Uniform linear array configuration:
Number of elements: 32
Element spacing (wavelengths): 0.25
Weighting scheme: kaiser
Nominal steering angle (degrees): -45
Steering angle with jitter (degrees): -43.257
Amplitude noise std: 0.05
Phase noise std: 0.05

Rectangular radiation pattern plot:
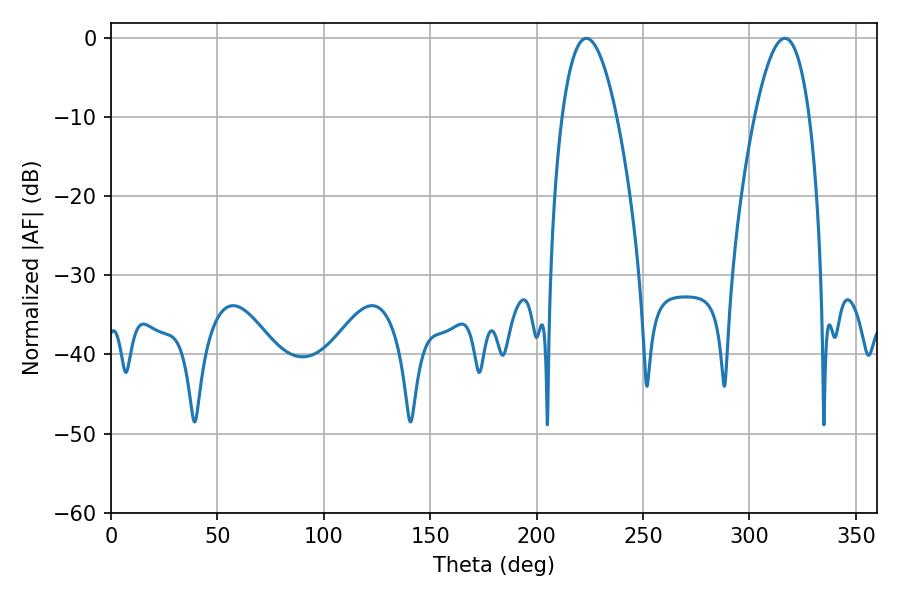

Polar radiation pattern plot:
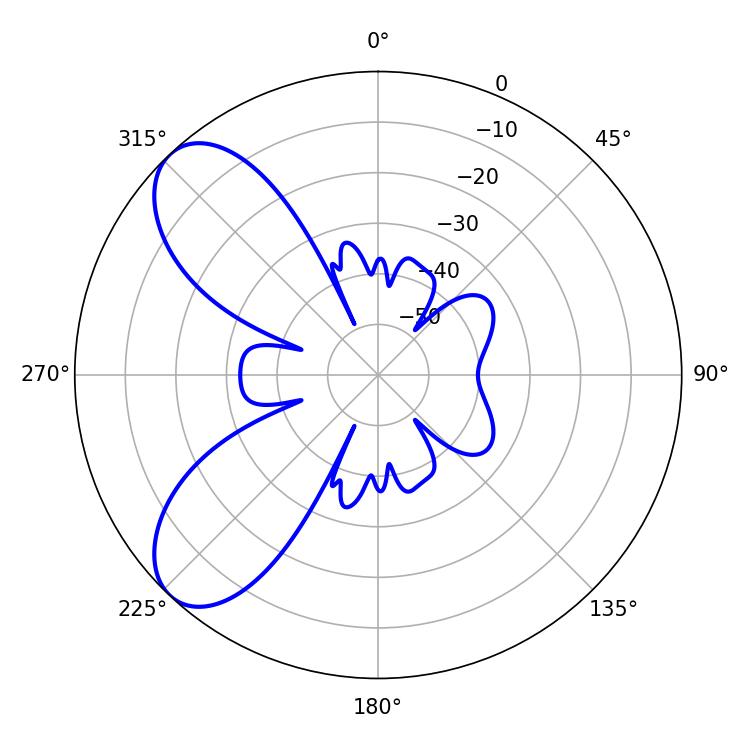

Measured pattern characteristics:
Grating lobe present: FALSE
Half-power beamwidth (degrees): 14.22
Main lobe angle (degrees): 223.38